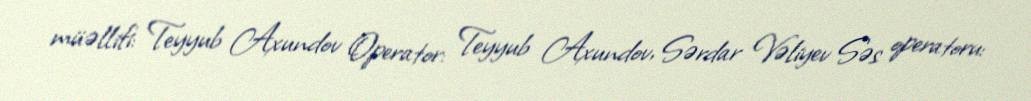
müəllifi: Teyyub Axundov Operator: Teyyub Axundov, Sərdar Vəliyev Səs operatoru: